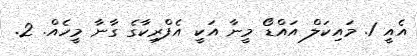
އެއީ 1. މައިކަލް އައްޑޯ މީނާ އަކީ އެފްރިކާގެ ގާނާ މީހެއް. 2.